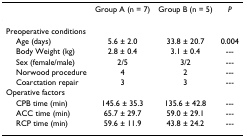
<table><thead><tr><td></td><td><b>Group A (n = 7)</b></td><td><b>Group B (n = 5)</b></td><td><b><i>P</i></b></td></tr></thead><tbody><tr><td>Preoperative conditions</td><td></td><td></td><td></td></tr><tr><td> Age (days)</td><td>5.6 ± 2.0</td><td>33.8 ± 20.7</td><td>0.004</td></tr><tr><td> Body Weight (kg)</td><td>2.8 ± 0.4</td><td>3.1 ± 0.4</td><td>---</td></tr><tr><td> Sex (female/male)</td><td>2/5</td><td>3/2</td><td>---</td></tr><tr><td> Norwood procedure</td><td>4</td><td>2</td><td>---</td></tr><tr><td> Coarctation repair</td><td>3</td><td>3</td><td>---</td></tr><tr><td>Operative factors</td><td></td><td></td><td></td></tr><tr><td> CPB time (min)</td><td>145.6 ± 35.3</td><td>135.6 ± 42.8</td><td>---</td></tr><tr><td> ACC time (min)</td><td>65.7 ± 29.7</td><td>59.0 ± 29.1</td><td>---</td></tr><tr><td> RCP time (min)</td><td>59.6 ± 11.9</td><td>43.8 ± 24.2</td><td>---</td></tr></tbody></table>